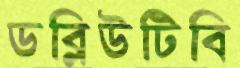
ডব্লিউটিবি